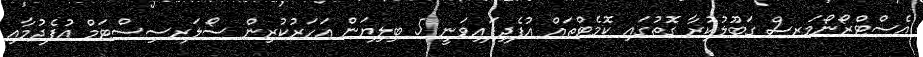
އެސްޓްރޯނޯމަރސް ގަބޫލުކުރާ ގޮތުގައި ކޮމެޓްތައް އުފެދިފައިވަނީ 5 ބިލިޔަން އަހަރުކުރިން ސޯލަރސިސްޓަމް އުފެދުމާއި